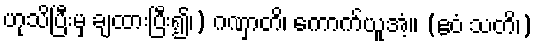
ဟုသိပြီးမှ ချထားပြီး၍၊) ဂဏှာတိ၊ ကောက်ယူအံ့။ (ဧဝံ သတိ၊)